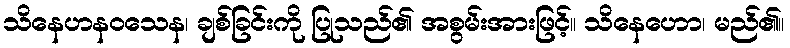
သိနေဟနဝသေန၊ ချစ်ခြင်းကို ပြုသည်၏ အစွမ်းအားဖြင့်။ သိနေဟော၊ မည်၏။